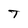
Character: t